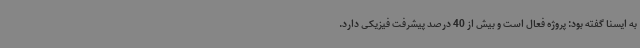
به ایسنا گفته بود: پروژه فعال است و بیش از 40 درصد پیشرفت فیزیکی دارد.